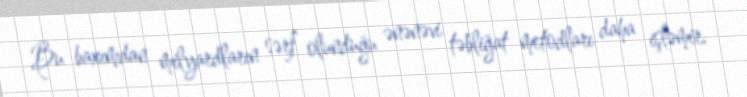
Bu baxımdan milyardların sərf olunduğu ənənəvi təbliğat metodları daha işləmir.